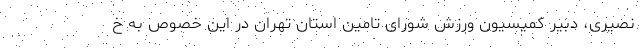
نصیری، دبیر کمیسیون ورزش شورای تامین استان تهران در این خصوص به خ